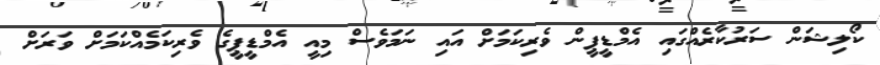
ކޯލިޝަން ސަރުކާރެއްގައި އެމްޑީޕީން ވެރިކަމަށް އައި ނަމަވެސް މިއީ އެމްޑީޕީގެ ވެރިކަމެއްކަމަށް ވަރަށް